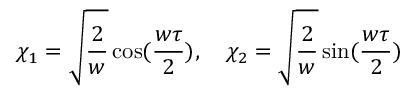
\chi _ { 1 } = \sqrt { \frac { 2 } { w } } \cos ( \frac { w \tau } { 2 } ) , { } ~ ~ ~ \chi _ { 2 } = \sqrt { \frac { 2 } { w } } \sin ( \frac { w \tau } { 2 } )